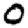
Digit: 0